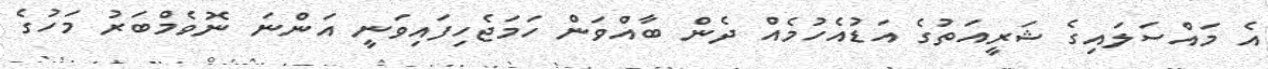
އެ މައްސަލައިގެ ޝަރީއަތުގެ އަޑުއެހުމެއް ދެން ބާއްވަން ހަމަޖެހިފައިވަނީ އަންނަ ނޮވެމްބަރު މަހުގެ